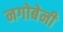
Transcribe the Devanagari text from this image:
नगोबेनी